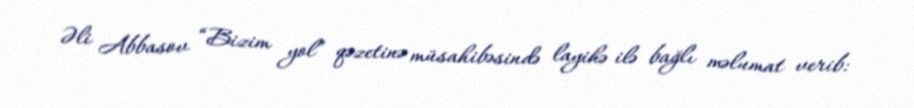
Əli Abbasov “Bizim yol” qəzetinə müsahibəsində layihə ilə bağlı məlumat verib: